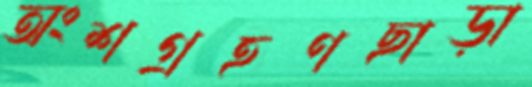
অংশগ্রহণছাড়া